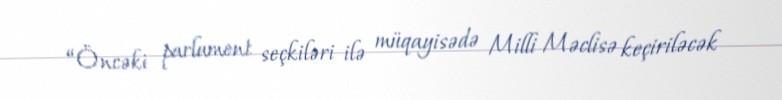
“Öncəki parlament seçkiləri ilə müqayisədə Milli Məclisə keçiriləcək